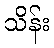
သိန်း